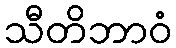
သီတိဘာဝံ